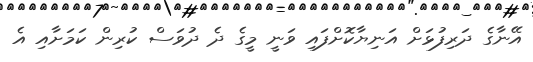
އޭނާގެ ދަރިފުޅަށް އަނިޔާކޮށްފައި ވަނީ މީގެ ދެ ދުވަސް ކުރިން ކަމަށާއި އެ